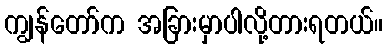
ကျွန်တော်က အခြားမှာပါလို့တားရတယ်။